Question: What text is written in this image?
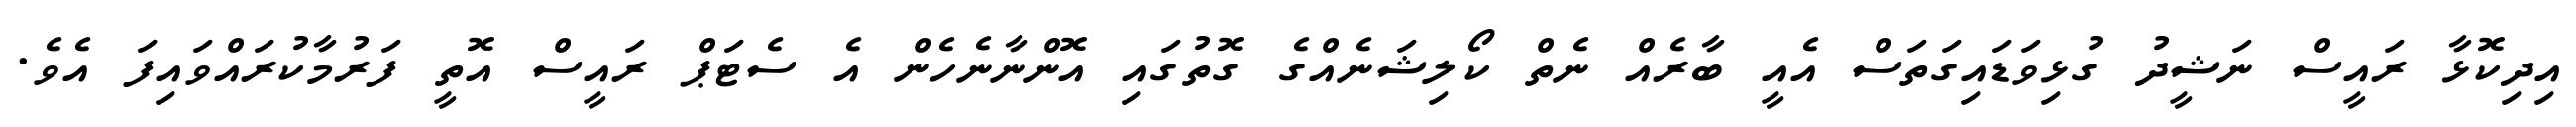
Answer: އިދިކޮޅާ ރައީސް ނަޝީދު ގުޅިވަޑައިގަތަސް އެއީ ބާރެއް ނެތް ކޯލިޝަނެއްގެ ގޮތުގައި އޮންނާނެހެން އެ ސެޓަޕް ރައީސް އޮތީ ފަރުމާކުރައްވައިފަ އެވެ.